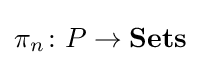
\pi _{n}\colon P\to {\bf {Sets}}